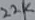
Text: 22K